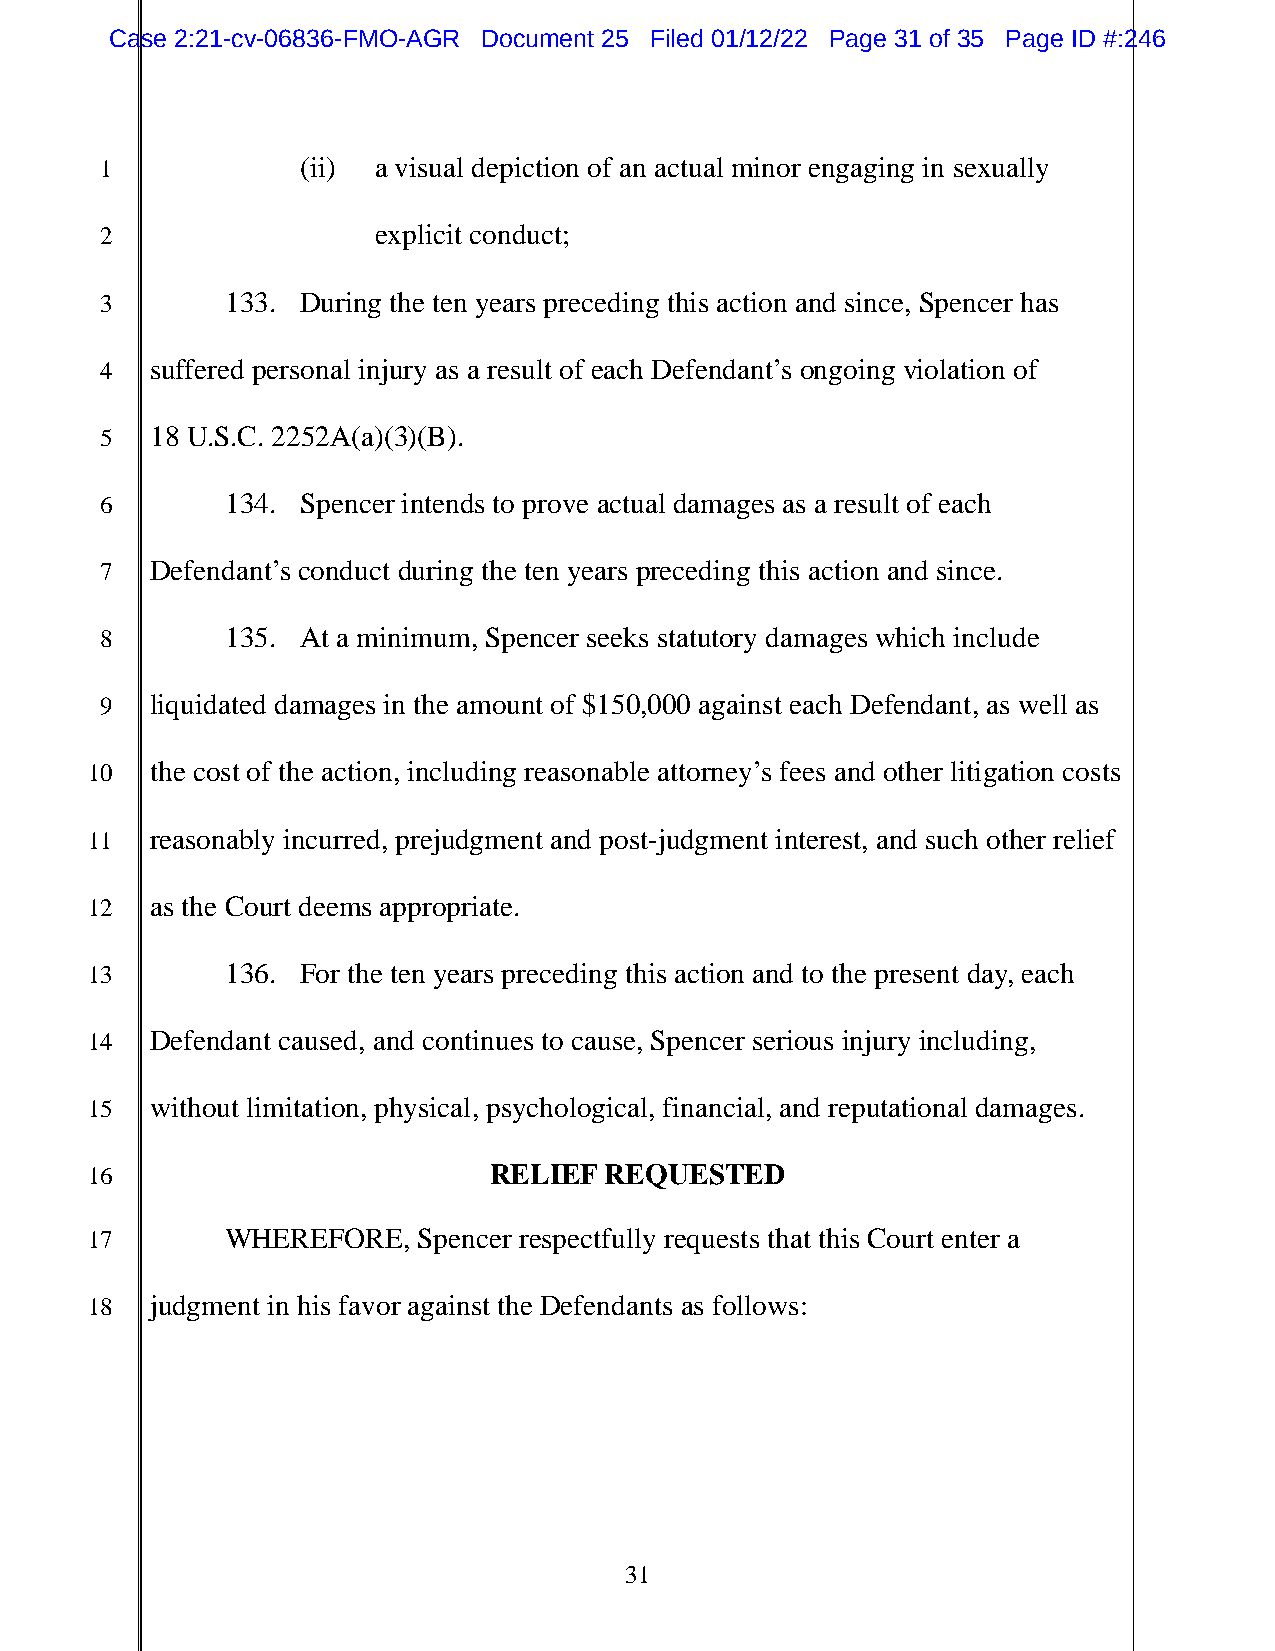
Case 2:21-cv-06836-FMO-AGR Document 25 Filed 01/12/22 Page 31 of 35 Page ID #:246
 1            (ii) a visual depiction of an actual minor engaging in sexually
 2                 explicit conduct;
 3       133. During the ten years preceding this action and since, Spencer has
 4  suffered personal injury as a result of each Defendant’s ongoing violation of
 5  18 U.S.C. 2252A(a)(3)(B).
 6       134. Spencer intends to prove actual damages as a result of each
 7  Defendant’s conduct during the ten years preceding this action and since.
 8       135. At a minimum, Spencer seeks statutory damages which include
 9  liquidated damages in the amount of $150,000 against each Defendant, as well as
 10  the cost of the action, including reasonable attorney’s fees and other litigation costs
 11  reasonably incurred, prejudgment and post-judgment interest, and such other relief
 12  as the Court deems appropriate.
 13       136. For the ten years preceding this action and to the present day, each
 14  Defendant caused, and continues to cause, Spencer serious injury including,
 15  without limitation, physical, psychological, financial, and reputational damages.
 16                        RELIEF  REQUESTED
 17       WHEREFORE,   Spencer respectfully requests that this Court enter a
 18  judgment in his favor against the Defendants as follows:
 31